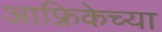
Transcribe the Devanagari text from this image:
आफ़्रिकेच्या